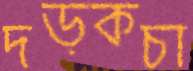
দড়কচা